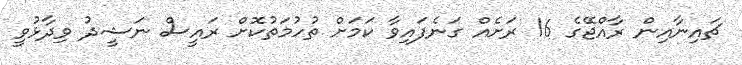
ޗައިނާއިން ރާއްޖޭގެ 16 ރަށެއް ގަނެފައިވާ ކަމަށް ތުހުމަތުކޮށް ރައީސް ނަޝީދު ވިދާޅުވީ